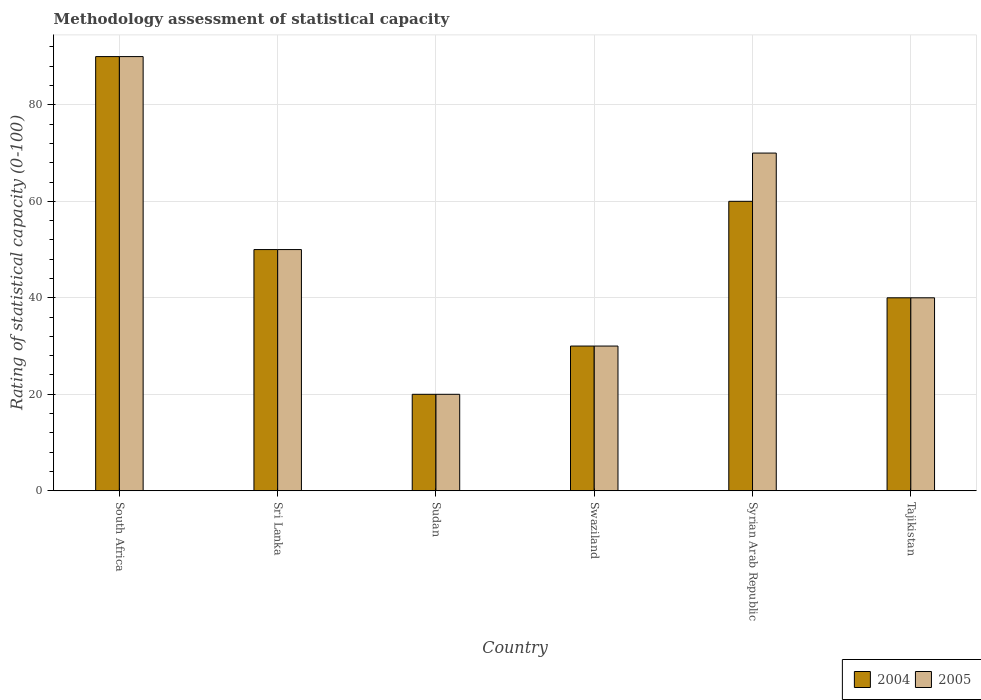
| Country | 2004 | 2005 |
 | --- | --- | --- |
 | South Africa | 90 | 90 |
 | Sri Lanka | 50 | 50 |
 | Sudan | 20 | 20 |
 | Swaziland | 30 | 30 |
 | Syrian Arab Republic | 60 | 70 |
 | Tajikistan | 40 | 40 |